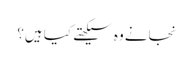
نجانے وہ سیکھتے کیا ہیں؟